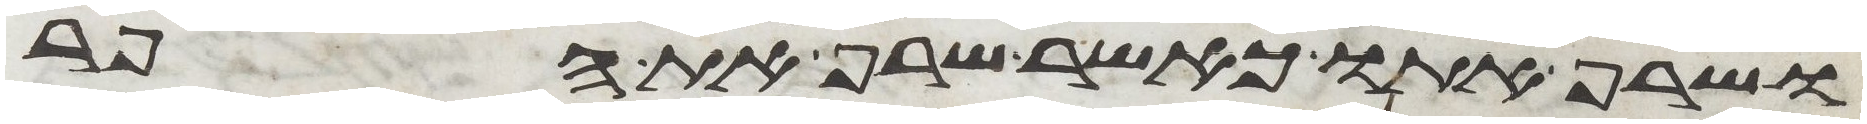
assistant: ושרף אתו כאשר שרף את הפר